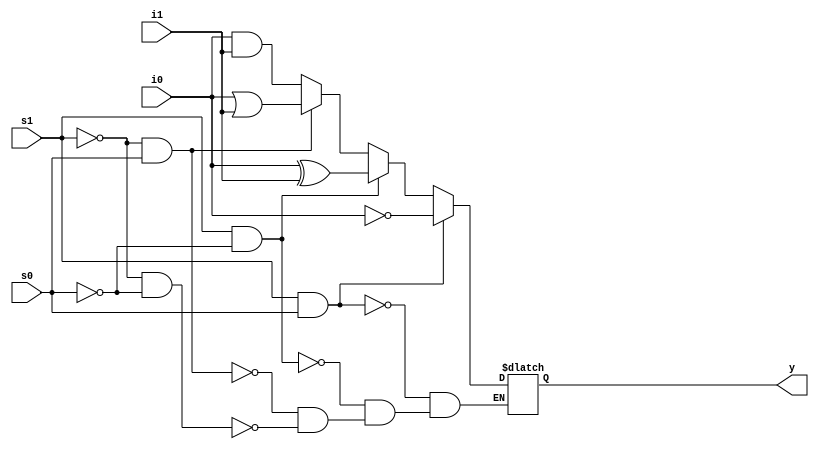
module multiplexer(s0, s1, i0, i1, y);
input s0, s1, i0, i1;
output reg y;

always @(*) begin
    if(!s1 && !s0) begin
        y <= i0 & i1;
    end
    
    if(!s1 && s0) begin
        y <= i0 | i1;
    end
    
    if(s1 && !s0) begin
        y <= i0 ^ i1;
    end
    
    if(s1 && s0) begin
        y <= ~i0;
    end
end

endmodule


module microoperations(SEL0, SEL1, A, B, F);
input SEL0, SEL1;
input [3:0] A, B;
output [3:0] F;

multiplexer MUX0(SEL0, SEL1, A[3], B[3], F[3]);
multiplexer MUX1(SEL0, SEL1, A[2], B[2], F[2]);
multiplexer MUX2(SEL0, SEL1, A[1], B[1], F[1]);
multiplexer MUX3(SEL0, SEL1, A[0], B[0], F[0]);

endmodule


module test_microoperations;

    reg SEL0, SEL1;
    reg [3:0] A, B;
    wire [3:0] F;

    microoperations whatever(.SEL0(SEL0), .SEL1(SEL1), .A(A), .B(B), .F(F));
    
    initial begin
    SEL0 = 1'b0;
    SEL1 = 1'b1;
    A = 4'b0101;
    B = 4'b1011;
    #10;
    
    $finish;
    end
endmodule